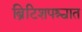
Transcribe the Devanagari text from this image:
ब्रिटिशपश्चात